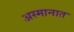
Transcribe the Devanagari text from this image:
अस्मानात